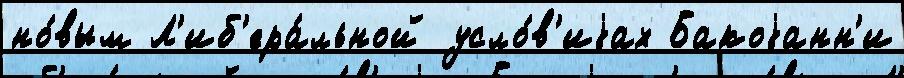
но́вым Л'иб'ера́льной усло́в'иjах Бакоjанн'и